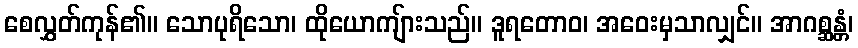
စေလွှတ်ကုန်၏။ သောပုရိသော၊ ထိုယောကျ်ားသည်။ ဒူရတောဝ၊ အဝေးမှသာလျှင်။ အာဂစ္ဆန္တံ၊